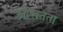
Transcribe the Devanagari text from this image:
औसतता